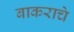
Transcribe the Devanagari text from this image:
बाकराचे